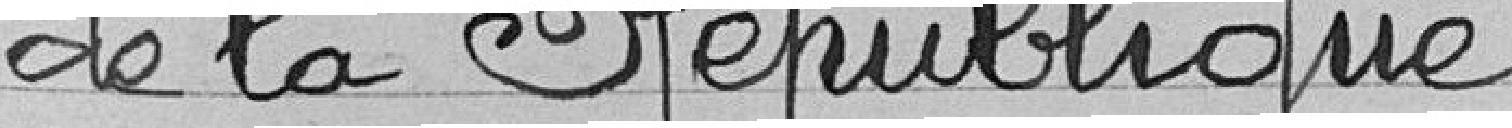
de la République